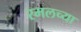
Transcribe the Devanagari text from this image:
रमलच्या